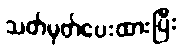
သတ်မှတ်ပေးထားပြီး